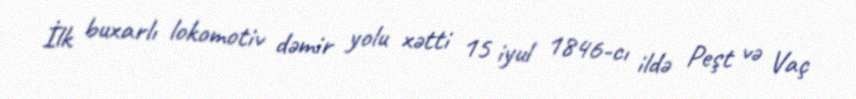
İlk buxarlı lokomotiv dəmir yolu xətti 15 iyul 1846-cı ildə Peşt və Vaç